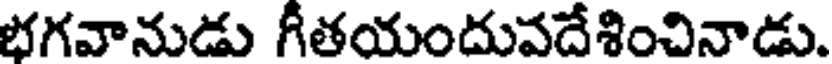
భగవానుడు గీతయందువదేశించినాడు.